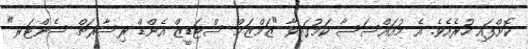
ކޮށްފައި ހުރެއެވެ. އެ މުއައްސަސާ ކަމުގައިވާ "ޒަމްޒަމް ސްޓަޑީޒް އެންޑް ރިސާރޗް ސެންޓަރ"